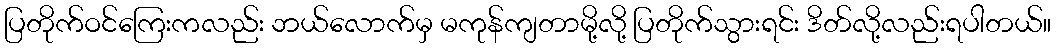
ပြတိုက်ဝင်ကြေးကလည်း ဘယ်လောက်မှ မကုန်ကျတာမို့လို့ ပြတိုက်သွားရင်း ဒိတ်လို့လည်းရပါတယ်။